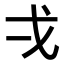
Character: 𭟮